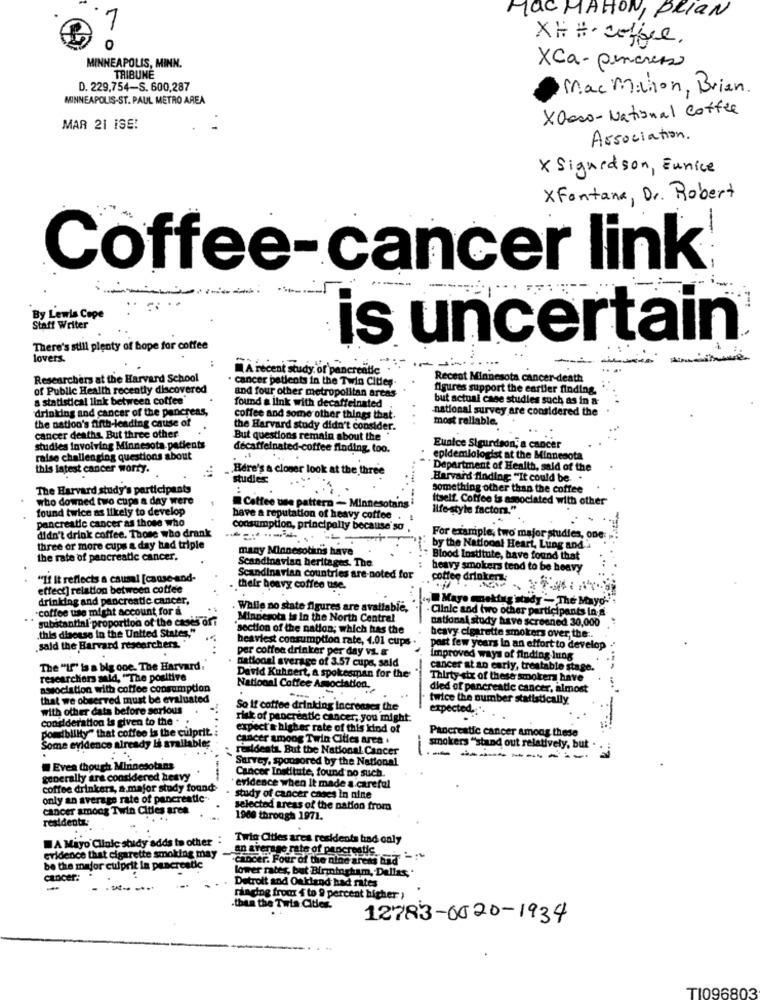
Mac MAHON, BRIAN
7
XH # coffee.
0
MINNEAPOLIS, MINN.
XCa- pencress
TRIBUNE
D. 229,754-S. 600,287
Mac Michon, Brian.
MINNEAPOLIS-ST. PAUL METRO AREA
XOaco- National Coffee
MAR 21 ISS!
Association.
x Signedson, Eunice
XFontana, Dr. Robert
Coffee-cancer link
By Lewis Cope
Staff Writer
is uncertain
There's still plenty of hope for coffee
lovers.
A recent study of pancrea
Researchers at the Harvard School
cancer patients in the Twin Cities-
Recent Minnesota cancer-death
of Public Health recently discovered
and four other metropolitan areas
figures support the cartier finding.
a statistical link between coffee"
but actual case studies such as in a-
drinking and cancer of the pancreas,
found a link with decaffeinated
national survey are considered the
the nation's fifth-leading cause of
coffee and some other things that.
most reliable.
the Harvard study didn't consider.
cancer deaths, But three other
But questions remain about the
studies involving Minnesota patients
decaffeinated-coffee finding, too.
Eunice Sigurdson, a cancer
raise challenging questions about
epidemiologist at the Minnesota
this latest cancer worry.
Here's a closer look at the three
* Department of Health, said of the
studies
Harvard finding: "It could be. .
The Harvard study's participants
something other than the coffee
who downed two cups a day were
Itself. Coffee is associated with other
found twice as likely to develop
Coffee use pattern - Minnesotansi
life-style factors."
pancreatic cancer as those who
have a reputation of heavy coffee
didn't drink coffee. Those who drank
consumption, principally because so ,
For example, two major studies, one:
three or more cups a day bad triple
many Minnesotins have
by the National Heart, Lung and
the rate of pancreatic cancer.
Blood Institute, have found that
Scandinavian heritages. The
heavy smokers tend to be heavy
"If It reflects a causal [cause-and-
Scandinavian countries are-noted for
coffee drinken
effect] relation between coffee
their heavy coffee tise.
drinking and pancreatic cancer.
Mayo epeking study - The Mayo-'
coffee use might account for a
Walle no state figures are available,
Clinic and two other participants in a
substantial-proportion of the cases of?
Minnesota is in the North Central
national study have screened 30,000
this disease in the United States,"
section of the nation; which has the
heavy cigarette smokers over the ..
heaviest consumption rate, 4.01 cups .
said the Harvard researchers. "
per coffee drinker per day vs. &
last few years In an effort to develop
national average of 3.57 cups, sald
Improved ways of finding lung
The "If"' is a big one. The Harvard.
cancer at an early, trestable stage.
researchers sald, "The positive
David Kuhnert, a spokesman for the
Thirty six of these smokers have
association with coffee consumption
National Coffee Association.
died of pancreatic cancer, almost
that we observed must be evaluated
---
twice the number statistically.
with other data before serious
So if coffee drinking increases the
expected. ..
Consideration is given to the .
risk of pancreatic cancer, you might.
Jordbility" that coffee is the culprit .:
expect's higher rate of this kind of
Pancreatic cancer among these
Some evidence already li available:
cancer among Twin Cities area .
-
sidesta. But the National Cancer
smokers "stand out relatively, bu
-
Survey, sponsored by the National
---
Even though Minnesotans
Cancer Institute, found no such.
generally are considered heavy
coffee drinkers, a major study found
evidence when It made a careful
only an average rate of pancreatic -.
study of cancer cases In nine
cancer among Twin Cities aren
selected areas of the nation from
residents;
1900 through 1971.
.
A Mayo Clinic stidy adds to other .
Twin Cities ares residents had only
an average rate of pancreatic.
evidence that cigarette smoking may
"Cancer. Four of the nine areas bad
be the major culprit in pancreatic
lower rates, but Birmingham, Dallas,
cancer:
Detroit and Oakland had rates
-
ranging fromr $ to 9 percent higher
then the Twin Cities.
12783-0620-1934
TI096803